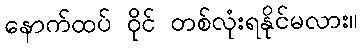
နောက်ထပ် ဝိုင် တစ်လုံးရနိုင်မလား။